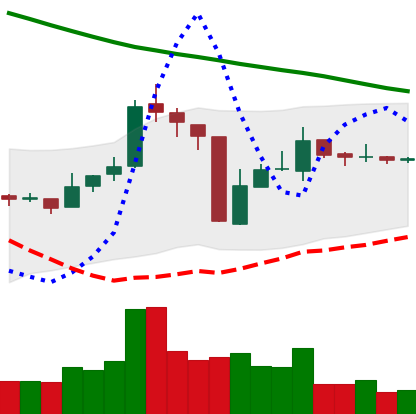
Ticker: TRX-USD
Chart end date: 2018-10-20
Forward return: -4.193%
Label: down_3_5